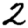
Digit: 2